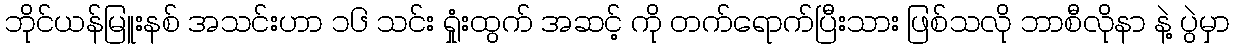
ဘိုင်ယန်မြူးနစ် အသင်းဟာ ၁၆ သင်း ရှုံးထွက် အဆင့် ကို တက်ရောက်ပြီးသား ဖြစ်သလို ဘာစီလိုနာ နဲ့ ပွဲမှာ